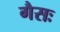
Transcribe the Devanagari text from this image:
गैसः